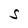
Character: S